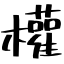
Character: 權